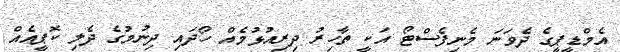
އެމްޑީޕީގެ ދެވަނަ މެނިފެސްޓޯ އަކީ ތާހިރު ދިރިއުޅުމެއް ހޯދައި ދިނުމުގެ ދެލި ކޮޕީއެއް